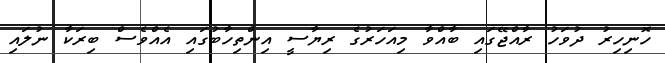
ހޮނިހިރު ދުވަހު ރާއްޖޭގައި ބާއްވާ މިއަހަރުގެ ރިޔާސީ އިންތިހާބުގައި އެއްވެސް ބިރަކާ ނުލައި